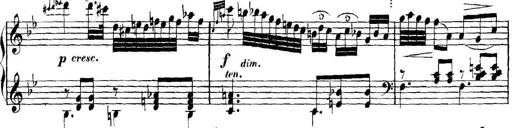
Title: Collected Piano Sonatas
Composer: Muzio Clementi